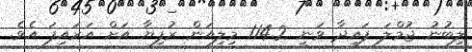
ލިބުނު ޖުމްލަ ފައިދާ ވަނީ 114.2 މިލިއަން ރުފިޔާ އަށް އަރައިފަ އެވެ.